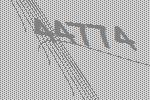
44774